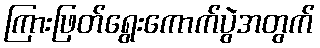
ကြားဖြတ်ရွေးကောက်ပွဲအတွက်